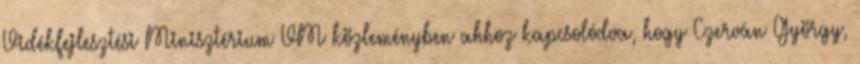
Vidékfejlesztési Minisztérium VM közleményben ahhoz kapcsolódva, hogy Czerván György,